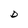
Character: D